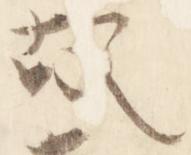
故